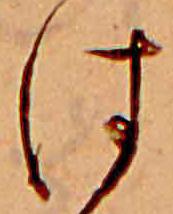
は